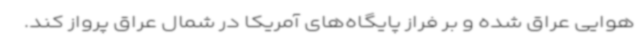
هوایی عراق شده و بر فراز پایگاه‌های آمریکا در شمال عراق پرواز کند.